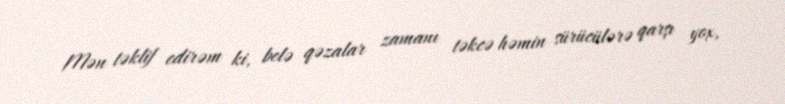
Mən təklif edirəm ki, belə qəzalar zamanı təkcə həmin sürücülərə qarşı yox,